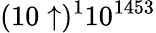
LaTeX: (10\uparrow)^{1}10^{1453}